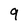
Character: 9